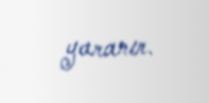
yaranır.